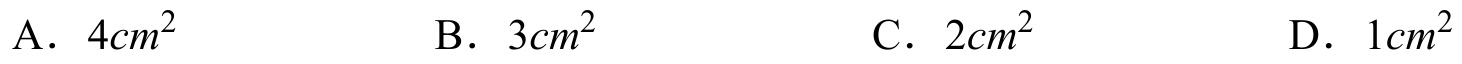
A．\(4cm^{2}\)  B．\(3cm^{2}\)  C．\(2cm^{2}\)  D．\(1cm^{2}\)